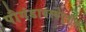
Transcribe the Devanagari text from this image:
पौगंडावस्थेपूर्वीची